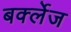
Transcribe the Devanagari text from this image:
बर्क्लेज